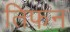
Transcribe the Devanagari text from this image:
तिफन